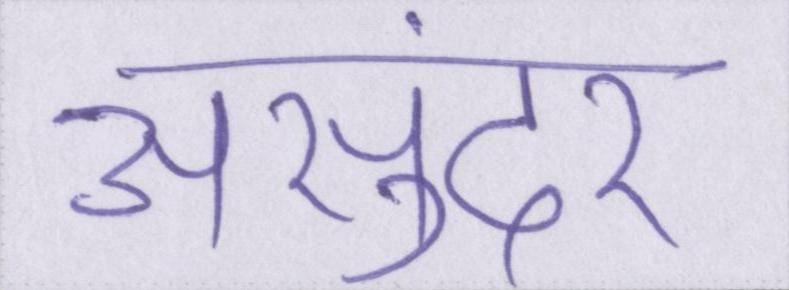
असुंदर